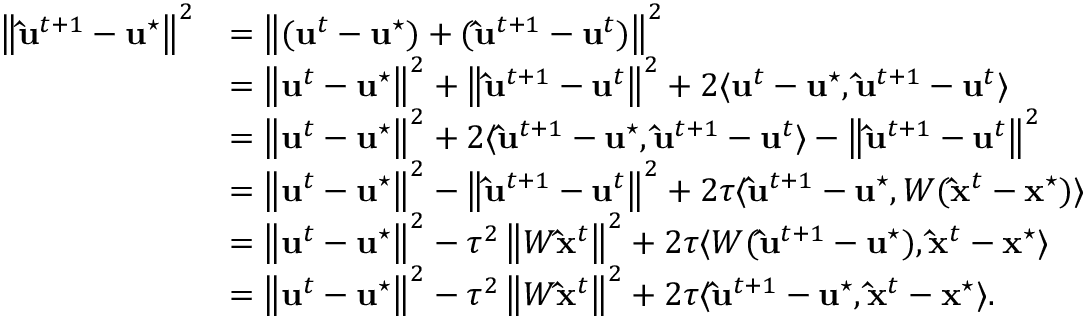
\begin{array} { r l } { \left\| \mathbf { \hat { u } } ^ { t + 1 } - \mathbf { u } ^ { \star } \right\| ^ { 2 } } & { = \left\| ( \mathbf { u } ^ { t } - \mathbf { u } ^ { \star } ) + ( \mathbf { \hat { u } } ^ { t + 1 } - \mathbf { u } ^ { t } ) \right\| ^ { 2 } } \\ & { = \left\| \mathbf { u } ^ { t } - \mathbf { u } ^ { \star } \right\| ^ { 2 } + \left\| \mathbf { \hat { u } } ^ { t + 1 } - \mathbf { u } ^ { t } \right\| ^ { 2 } + 2 \langle \mathbf { u } ^ { t } - \mathbf { u } ^ { \star } , \mathbf { \hat { u } } ^ { t + 1 } - \mathbf { u } ^ { t } \rangle } \\ & { = \left\| \mathbf { u } ^ { t } - \mathbf { u } ^ { \star } \right\| ^ { 2 } + 2 \langle \mathbf { \hat { u } } ^ { t + 1 } - \mathbf { u } ^ { \star } , \mathbf { \hat { u } } ^ { t + 1 } - \mathbf { u } ^ { t } \rangle - \left\| \mathbf { \hat { u } } ^ { t + 1 } - \mathbf { u } ^ { t } \right\| ^ { 2 } } \\ & { = \left\| \mathbf { u } ^ { t } - \mathbf { u } ^ { \star } \right\| ^ { 2 } - \left\| \mathbf { \hat { u } } ^ { t + 1 } - \mathbf { u } ^ { t } \right\| ^ { 2 } + 2 \tau \langle \mathbf { \hat { u } } ^ { t + 1 } - \mathbf { u } ^ { \star } , W ( \mathbf { \hat { x } } ^ { t } - \mathbf { x } ^ { \star } ) \rangle } \\ & { = \left\| \mathbf { u } ^ { t } - \mathbf { u } ^ { \star } \right\| ^ { 2 } - \tau ^ { 2 } \left\| W \mathbf { \hat { x } } ^ { t } \right\| ^ { 2 } + 2 \tau \langle W ( \mathbf { \hat { u } } ^ { t + 1 } - \mathbf { u } ^ { \star } ) , \mathbf { \hat { x } } ^ { t } - \mathbf { x } ^ { \star } \rangle } \\ & { = \left\| \mathbf { u } ^ { t } - \mathbf { u } ^ { \star } \right\| ^ { 2 } - \tau ^ { 2 } \left\| W \mathbf { \hat { x } } ^ { t } \right\| ^ { 2 } + 2 \tau \langle \mathbf { \hat { u } } ^ { t + 1 } - \mathbf { u } ^ { \star } , \mathbf { \hat { x } } ^ { t } - \mathbf { x } ^ { \star } \rangle . } \end{array}